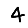
Digit: 4